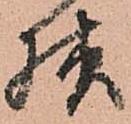
様